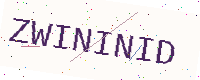
Text: ZWININID